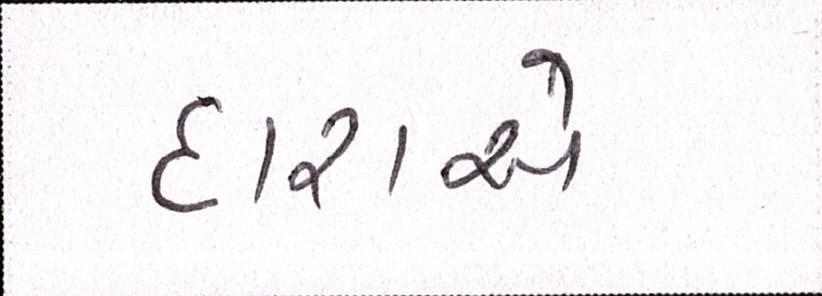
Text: દારાએ